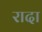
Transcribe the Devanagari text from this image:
रादा